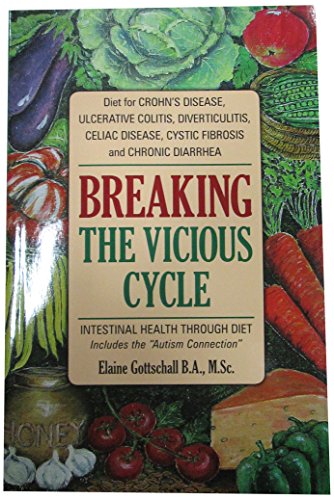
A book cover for Breaking the Vicious Cycle: Intestinal Health Through Diet; Elaine Gloria Gottschall; Cookbooks, Food & Wine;